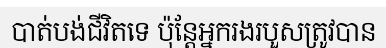
បាត់បង់ជីវិតទេ ប៉ុន្តែអ្នករងរបួសត្រូវបាន